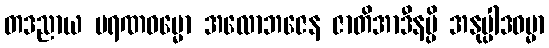
တဒညာယ မရဏဓမ္မော အလောဘဇေန ဇာတိအာဒီနမ္ပိ အနုပ္ပါဒဓမ္မာ